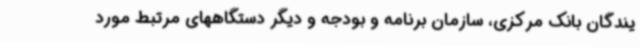
یندگان بانک مرکزی، سازمان برنامه و بودجه و دیگر دستگاههای مرتبط مورد